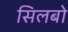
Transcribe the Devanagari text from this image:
सिलबो